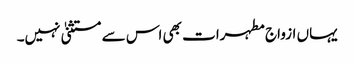
یہاں ازواج مطہرات بھی اس سے مستثنیٰ نہیں۔